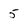
Character: 5